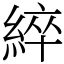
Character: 綷